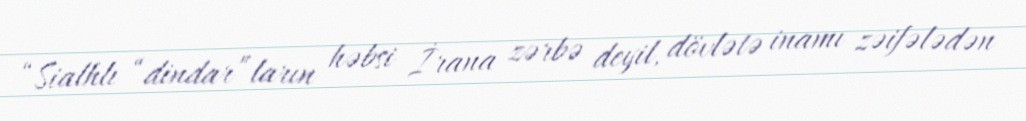
“Sialhlı “dindar”ların həbsi İrana zərbə deyil, dövlətə inamı zəifələdən